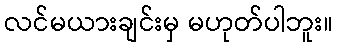
လင်မယားချင်းမှ မဟုတ်ပါဘူး။